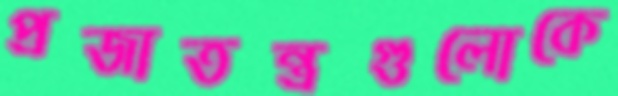
প্রজাতন্ত্রগুলোকে